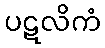
ပဋလိကံ